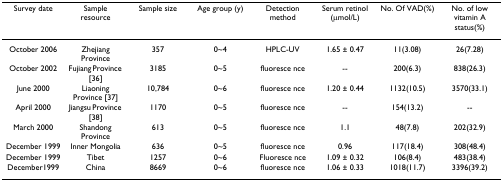
| Survey date | Sample resource | Sample size | Age group (y) | Detection method | Serum retinol (μmol/L) | No. Of VAD(%) | No. of low vitamin A status(%) |
 | --- | --- | --- | --- | --- | --- | --- | --- |
 | October 2006 | Zhejiang Province | 357 | 0~4 | HPLC-UV | 1.65 ± 0.47 | 11(3.08) | 26(7.28) |
 | October 2002 | Fujiang Province [36] | 3185 | 0~5 | fluoresce nce | -- | 200(6.3) | 838(26.3) |
 | June 2000 | Liaoning Province [37] | 10,784 | 0~6 | fluoresce nce | 1.20 ± 0.44 | 1132(10.5) | 3570(33.1) |
 | April 2000 | Jiangsu Province [38] | 1170 | 0~5 | fluoresce nce | -- | 154(13.2) | -- |
 | March 2000 | Shandong Province | 613 | 0~5 | fluoresce nce | 1.1 | 48(7.8) | 202(32.9) |
 | December 1999 | Inner Mongolia | 636 | 0~5 | fluoresce nce | 0.96 | 117(18.4) | 308(48.4) |
 | December 1999 | Tibet | 1257 | 0~6 | Fluoresce nce | 1.09 ± 0.32 | 106(8.4) | 483(38.4) |
 | December1999 | China | 8669 | 0~6 | fluoresce nce | 1.06 ± 0.33 | 1018(11.7) | 3396(39.2) |